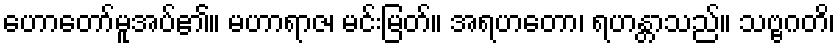
ဟောတော်မူအပ်၏။ မဟာရာဇ၊ မင်းမြတ်။ အရဟတော၊ ရဟန္တာသည်။ သဗ္ဗဂတိ၊